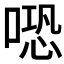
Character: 𠺱